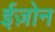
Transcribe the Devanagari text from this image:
ईज़ोन